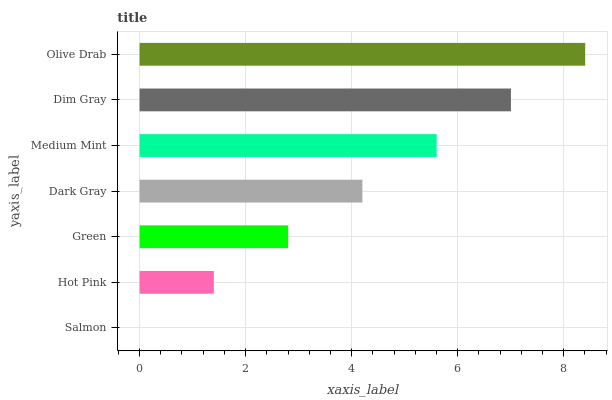
| yaxis_label | bars |
 | --- | --- |
 | Salmon | 0 |
 | Hot Pink | 1.4 |
 | Green | 2.8 |
 | Dark Gray | 4.2 |
 | Medium Mint | 5.6 |
 | Dim Gray | 7.01 |
 | Olive Drab | 8.41 |